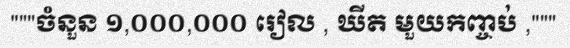
"""ចំនួន ១,០០០,០០០ រៀល , ឃីត មួយកញ្ចប់ ,"""